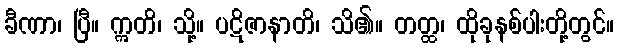
ခီဏာ၊ ပြီ။ ဣတိ၊ သို့။ ပဋိဇာနာတိ၊ သိ၏။ တတ္ထ၊ ထိုခုနစ်ပါးတို့တွင်။